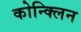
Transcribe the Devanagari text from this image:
कोन्क्लिन